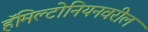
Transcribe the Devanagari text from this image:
हॅमिल्टोनियनवरील